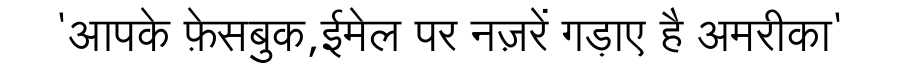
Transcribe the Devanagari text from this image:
'आपके फ़ेसबुक,ईमेल पर नज़रें गड़ाए है अमरीका'